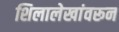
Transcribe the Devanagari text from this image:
शिलालेखांवरून